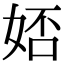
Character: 娝